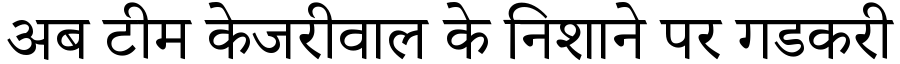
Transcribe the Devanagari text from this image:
अब टीम केजरीवाल के निशाने पर गडकरी